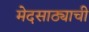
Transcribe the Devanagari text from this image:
मेदसाठ्याची